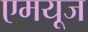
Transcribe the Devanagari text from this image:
एमयूज